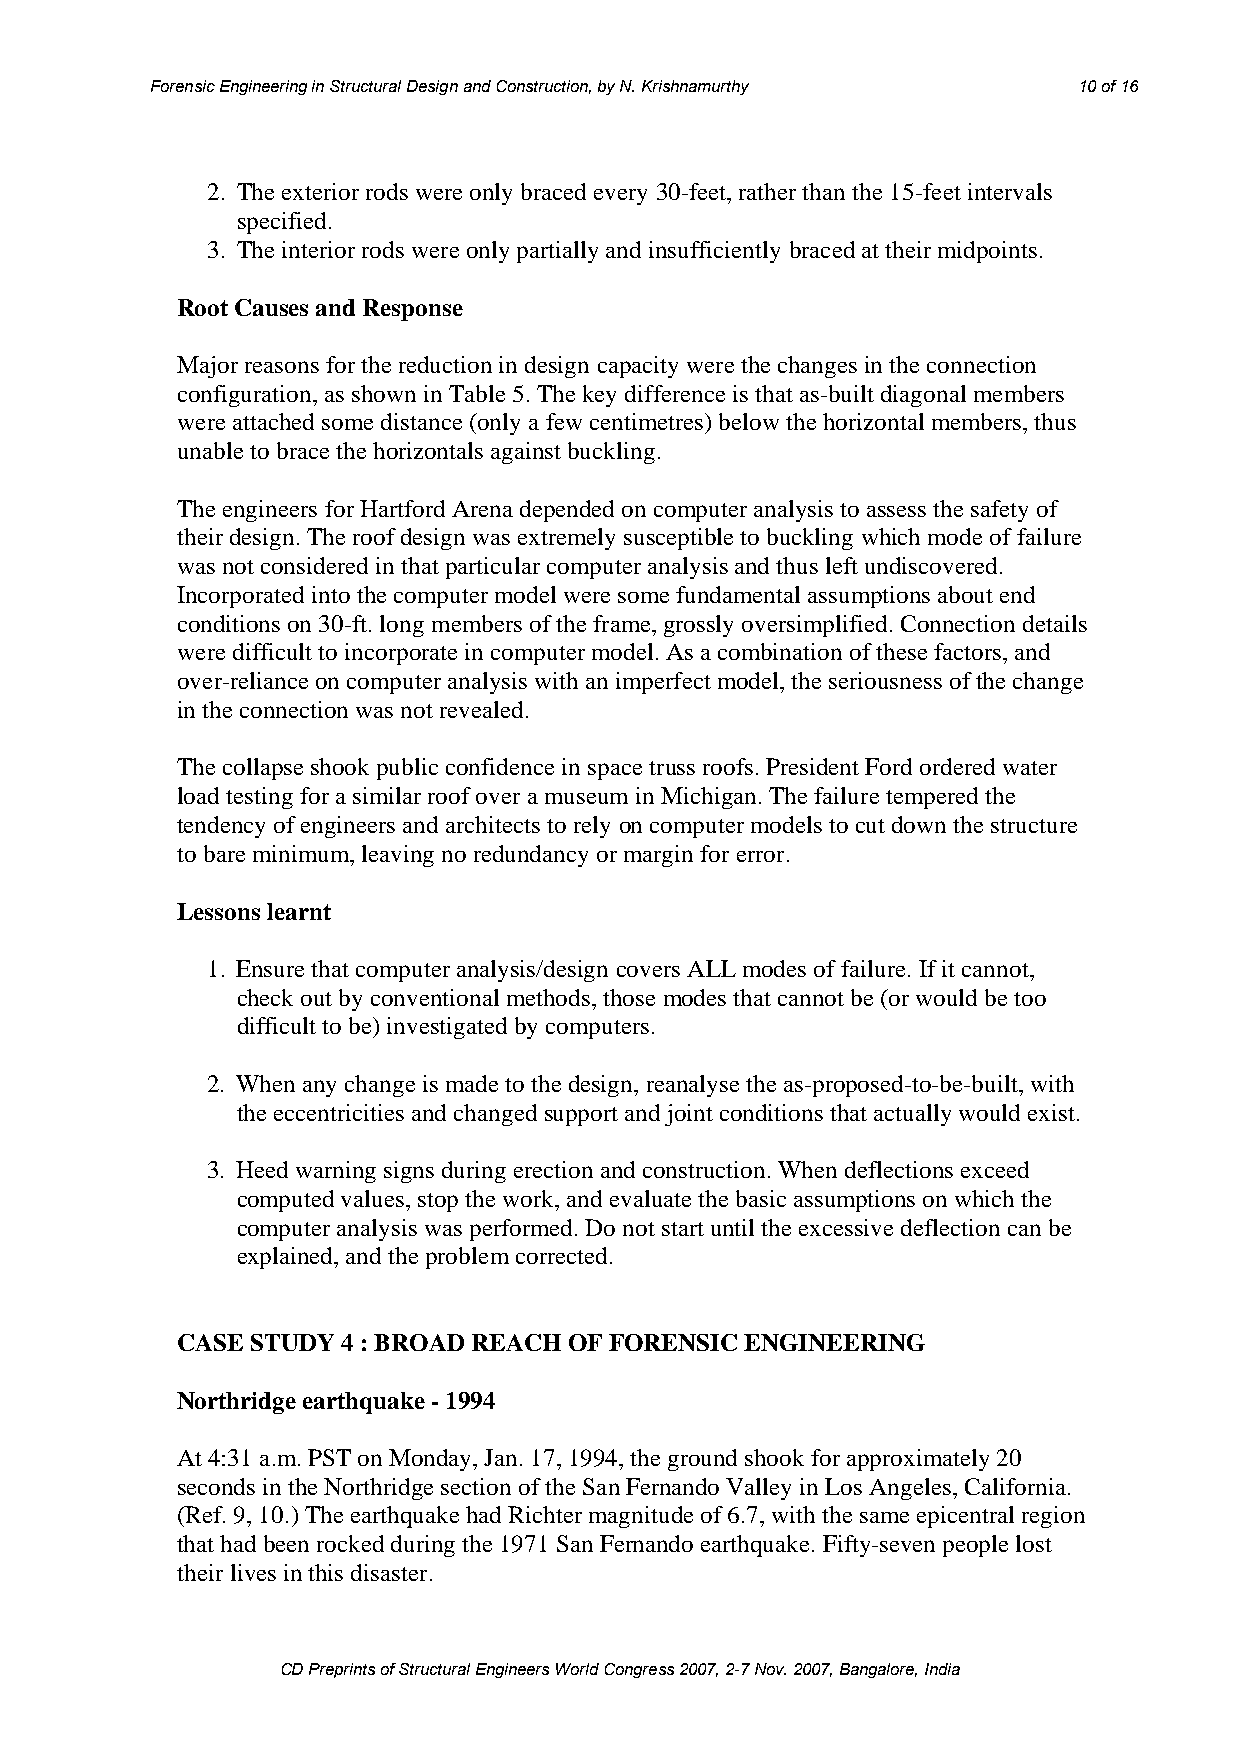
Forensic Engineering in Structural Design and Construction, by N. Krishnamurthy 10 of 16
 2. The exterior rods were only braced every 30-feet, rather than the 15-feet intervals
 specified.
 3. The interior rods were only partially and insufficiently braced at their midpoints.
 Root Causes and Response
 Major reasons for the reduction in design capacity were the changes in the connection
 configuration, as shown in Table 5. The key difference is that as-built diagonal members
 were attached some distance (only a few centimetres) below the horizontal members, thus
 unable to brace the horizontals against buckling.
 The engineers for Hartford Arena depended on computer analysis to assess the safety of
 their design. The roof design was extremely susceptible to buckling which mode of failure
 was not considered in that particular computer analysis and thus left undiscovered.
 Incorporated into the computer model were some fundamental assumptions about end
 conditions on 30-ft. long members of the frame, grossly oversimplified. Connection details
 were difficult to incorporate in computer model. As a combination of these factors, and
 over-reliance on computer analysis with an imperfect model, the seriousness of the change
 in the connection was not revealed.
 The collapse shook public confidence in space truss roofs. President Ford ordered water
 load testing for a similar roof over a museum in Michigan. The failure tempered the
 tendency of engineers and architects to rely on computer models to cut down the structure
 to bare minimum, leaving no redundancy or margin for error.
 Lessons learnt
 1. Ensure that computer analysis/design covers ALL modes of failure. If it cannot,
 check out by conventional methods, those modes that cannot be (or would be too
 difficult to be) investigated by computers.
 2. When any change is made to the design, reanalyse the as-proposed-to-be-built, with
 the eccentricities and changed support and joint conditions that actually would exist.
 3. Heed warning signs during erection and construction. When deflections exceed
 computed values, stop the work, and evaluate the basic assumptions on which the
 computer analysis was performed. Do not start until the excessive deflection can be
 explained, and the problem corrected.
 CASE STUDY 4 : BROAD REACH OF FORENSIC ENGINEERING
 Northridge earthquake - 1994
 At 4:31 a.m. PST on Monday, Jan. 17, 1994, the ground shook for approximately 20
 seconds in the Northridge section of the San Fernando Valley in Los Angeles, California.
 (Ref. 9, 10.) The earthquake had Richter magnitude of 6.7, with the same epicentral region
 that had been rocked during the 1971 San Fernando earthquake. Fifty-seven people lost
 their lives in this disaster.
 CD Preprints of Structural Engineers World Congress 2007, 2-7 Nov. 2007, Bangalore, India